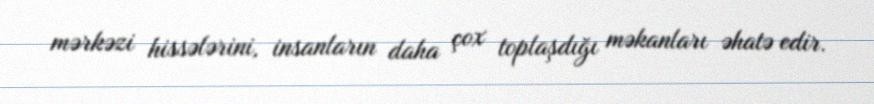
mərkəzi hissələrini, insanların daha çox toplaşdığı məkanları əhatə edir.